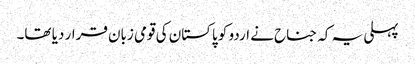
پہلی یہ کہ جناح نے اردو کو پاکستان کی قومی زبان قرار دیا تھا۔